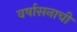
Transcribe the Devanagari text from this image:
वर्षासनाची